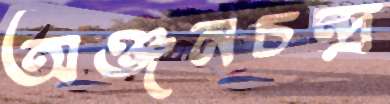
অঞ্জনচন্দ্র